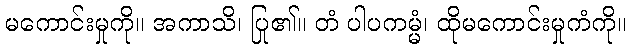
မကောင်းမှုကို။ အကာသိ၊ ပြု၏။ တံ ပါပကမ္မံ၊ ထိုမကောင်းမှုကံကို။